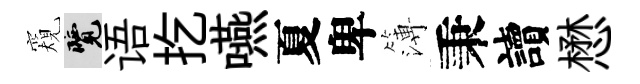
窺覽语扢嚥夏卑簿秉讀懋